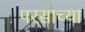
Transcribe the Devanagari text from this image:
परसाच्या